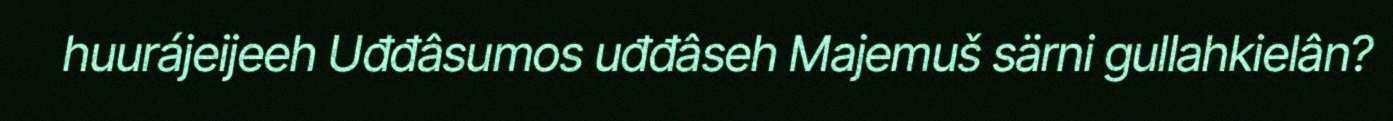
huurájeijeeh Uđđâsumos uđđâseh Majemuš särni gullahkielân?